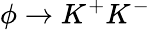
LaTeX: \phi\rightarrow K^{+}K^{-}